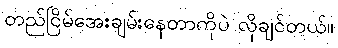
တည်ငြိမ်အေးချမ်းနေတာကိုပဲ လိုချင်တယ်။